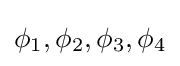
\phi _{1},\phi _{2},\phi _{3},\phi _{4}